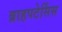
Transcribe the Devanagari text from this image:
ब्राहपटेर्सिस